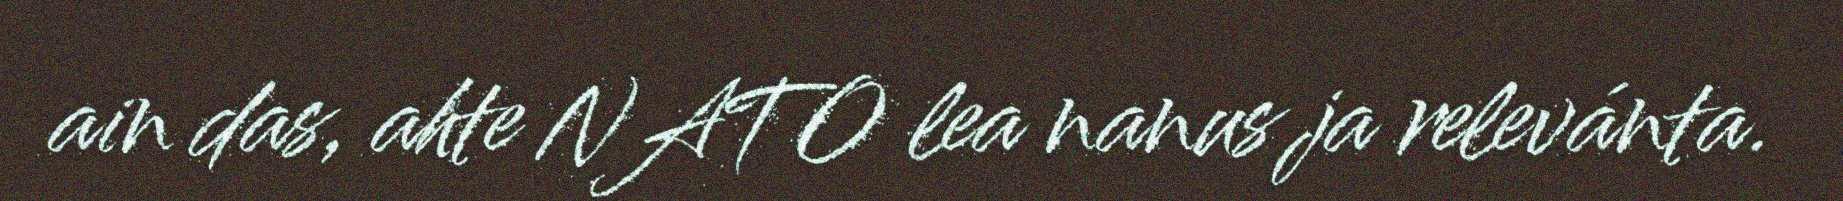
ain das, ahte NATO lea nanus ja relevánta.